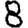
Digit: 8